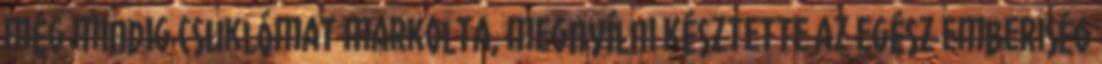
még mindig csuklómat markolta, megnyílni késztette az egész emberiség